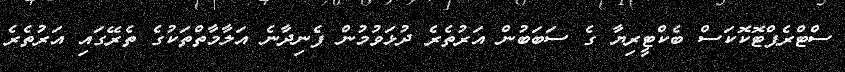
ސްޓްރެޕްޓޮކޮކަސް ބެކްޓީރިޔާ ގެ ސަބަބުން އަރުތެރެ ދުޅަވުމުން ފެނިދާނެ އަލާމާތްތަކުގެ ތެރޭގައި އަރުތެރެ